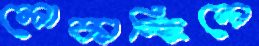
লোকাচ্ছিলে